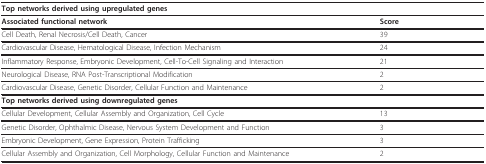
| <COLSPAN=2> Top networks derived using upregulated genes |
 | --- | --- |
 | Associated functional network | Score |
 | Cell Death, Renal Necrosis/Cell Death, Cancer | 39 |
 | Cardiovascular Disease, Hematological Disease, Infection Mechanism | 24 |
 | Inflammatory Response, Embryonic Development, Cell-To-Cell Signaling and Interaction | 21 |
 | Neurological Disease, RNA Post-Transcriptional Modification | 2 |
 | Cardiovascular Disease, Genetic Disorder, Cellular Function and Maintenance | 2 |
 | <COLSPAN=2> Top networks derived using downregulated genes |
 | Cellular Development, Cellular Assembly and Organization, Cell Cycle | 13 |
 | Genetic Disorder, Ophthalmic Disease, Nervous System Development and Function | 3 |
 | Embryonic Development, Gene Expression, Protein Trafficking | 3 |
 | Cellular Assembly and Organization, Cell Morphology, Cellular Function and Maintenance | 2 |